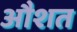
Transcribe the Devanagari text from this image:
औशत